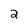
Character: 2